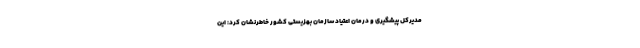
مدیرکل پیشگیری و درمان اعتیاد سازمان بهزیستی کشور خاطرنشان کرد: این